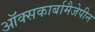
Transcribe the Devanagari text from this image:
ऑक्सकार्बामैजेपीन